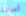
الدراجة